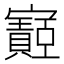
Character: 𫴡